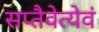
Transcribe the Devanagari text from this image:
सप्तैवेत्येवं